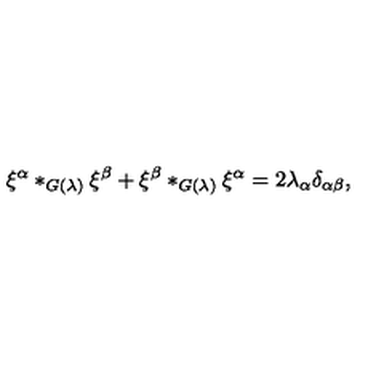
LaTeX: \xi ^ { \alpha } * _ { G ( \lambda ) } \xi ^ { \beta } + \xi ^ { \beta } * _ { G ( \lambda ) } \xi ^ { \alpha } = 2 \lambda _ { \alpha } \delta _ { \alpha \beta } ,